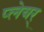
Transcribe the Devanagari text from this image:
प्लेयर्